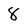
Character: 8